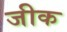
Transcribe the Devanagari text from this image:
जीक